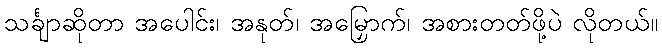
သင်္ချာဆိုတာ အပေါင်း၊ အနုတ်၊ အမြှောက်၊ အစားတတ်ဖို့ပဲ လိုတယ်။